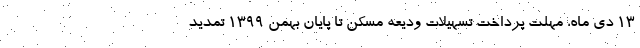
۱۳ دی ماه، مهلت پرداخت تسهیلات ودیعه مسکن­ تا پایان بهمن ۱۳۹۹ تمدید